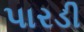
પારડી